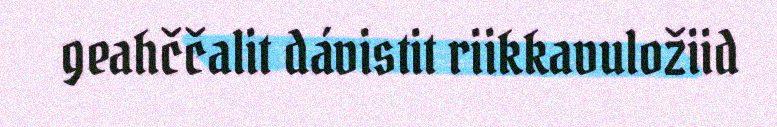
geahččalit dávistit riikkavuložiid